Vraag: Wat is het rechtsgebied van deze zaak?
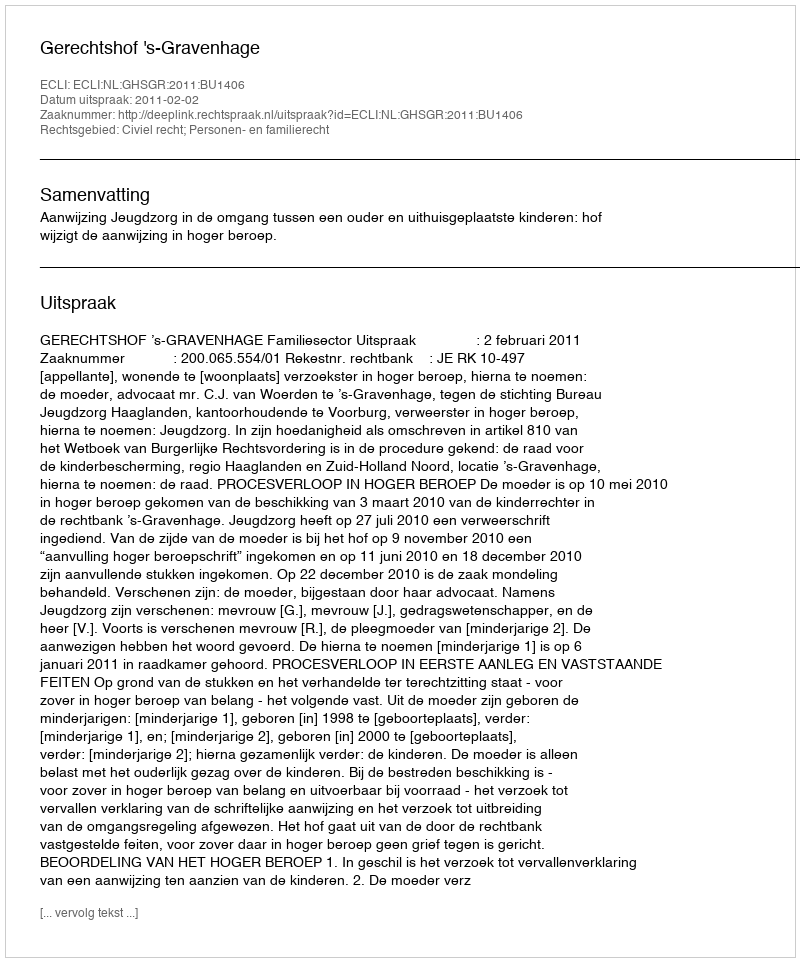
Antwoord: Civiel recht; Personen- en familierecht